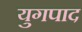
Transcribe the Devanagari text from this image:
युगपाद